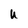
Character: U